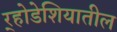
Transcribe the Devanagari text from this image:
र्‍होडेशियातील